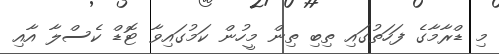
މި ޑްރާމާގެ ފަހަތުގައި ތިބި ތިން މީހުން ކަމުގައިވާ ޓޮޑް ކެސްލާ އާއި